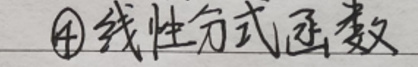
$\textcircled{4}$线性分式函数